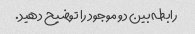
رابطه بین دو موجود را توضیح دهید.